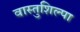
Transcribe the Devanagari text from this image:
वास्तुशिल्पा